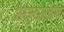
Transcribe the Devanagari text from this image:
अन्दाजन